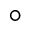
^ { \circ }